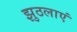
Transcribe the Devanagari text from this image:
झुठलाएं